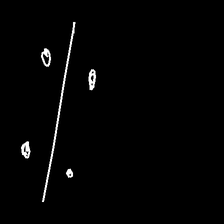
Glyph: cool